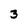
Character: 3